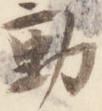
動